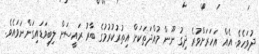
ދުވަހެވެ. އެއް އަހަރަށްވުރެ ދިގު ނޫން މުއްދަތަކަށް އިތުރުކުރުމުގެ ބާރު ރައީސަށް ލިބިވަޑައިގަންނަވައެވެ.